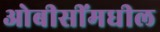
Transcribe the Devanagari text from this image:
ओबीसींमधील